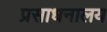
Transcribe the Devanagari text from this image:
प्रसाधनालय